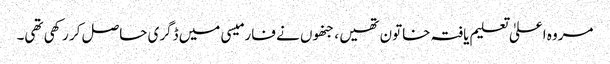
مروہ اعلیٰ تعلیم یافتہ خاتون تھیں ، جنھوں نے فارمیسی میں ڈگری حاصل کر رکھی تھی۔